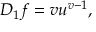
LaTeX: D _ { 1 } f = v u ^ { v - 1 } ,